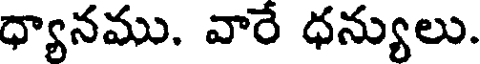
ధ్యానము. వారే ధన్యులు.